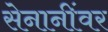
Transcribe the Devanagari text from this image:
सेनानींवर